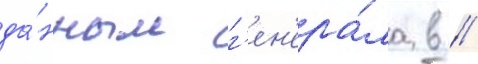
да́нным г'ен'ера́ла в //